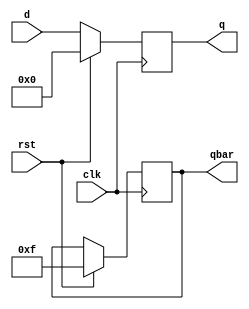
`timescale 1ns / 1ps
//////////////////////////////////////////////////////////////////////////////////
// Company: 
// Engineer: 
// 
// Design Name: 
// Module Name:    pipo_bh 
// Project Name: 
// Target Devices: 
// Tool versions: 
// Description: 
//
// Dependencies: 
//
// Revision: 
// Revision 0.01 - File Created
// Additional Comments: 
//
//////////////////////////////////////////////////////////////////////////////////
module pipo_bh(
    input [3:0] d,
    input clk,rst,
    output reg [3:0] q,qbar
    );

always@(posedge clk)
begin
if(rst==1) begin
q=4'b0000; qbar=~q; end
else begin
q= d;
end
end

endmodule